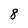
Character: 8